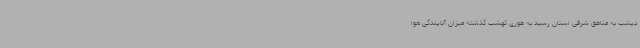
دیشب به مناطق شرقی استان رسید به طوری کهشب گذشته میزان آلایندگی هوا